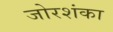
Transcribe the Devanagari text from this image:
जोरशंका